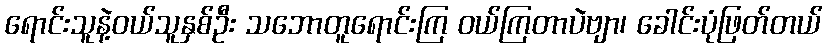
ရောင်းသူနဲ့ဝယ်သူနှစ်ဦး သဘောတူရောင်းကြ ဝယ်ကြတာပဲဗျာ၊ ခေါင်းပုံဖြတ်တယ်